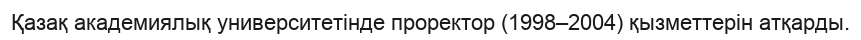
Қазақ академиялық университетінде проректор (1998–2004) қызметтерін атқарды.